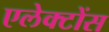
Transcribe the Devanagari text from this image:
एलेक्टोंस